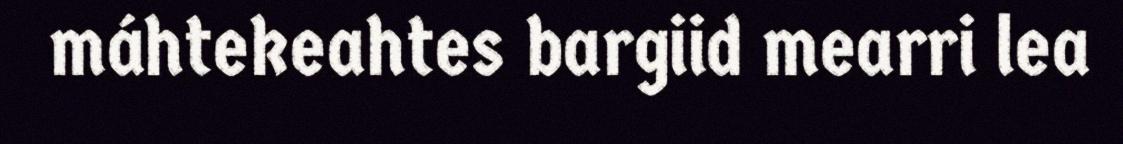
máhtekeahtes bargiid mearri lea